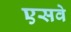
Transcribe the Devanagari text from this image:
एसवे